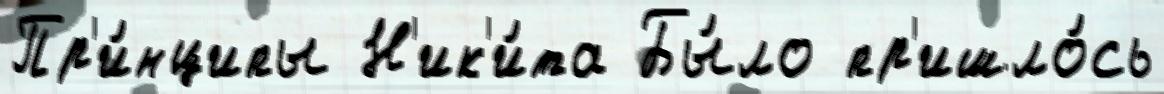
Пр'и́нципы Н'ик'и́та Бы́ло пр'ишло́сь